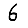
Digit: 6